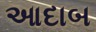
આદાબ